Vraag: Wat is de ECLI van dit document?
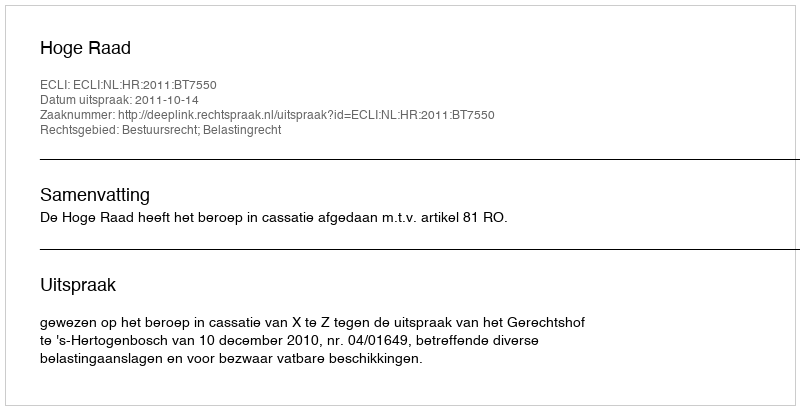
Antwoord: ECLI:NL:HR:2011:BT7550